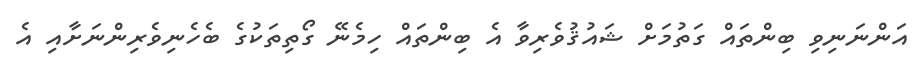
އަންނަނިވި ބިންތައް ގަތުމަށް ޝައުޤުވެރިވާ އެ ބިންތައް ހިމެނޭ ގޯތިތަކުގެ ބެހެނިވެރިންނަށާއި އެ